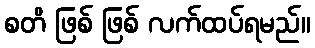
စတိ ဖြစ် ဖြစ် လက်ထပ်ရမည်။